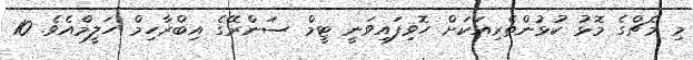
މި މެޗްގެ މޮޅު ކުޅުންތެރިއަކަށް ހޮވިފައިވަނީ ޓީމް ސަންރޭގެ އިބްރާހިމް ހަލީމްއެވެ. 10